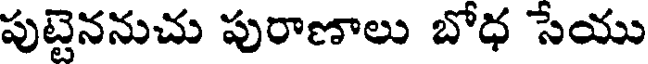
పుట్టెననుచు పురాణాలు బోధ సేయు